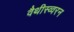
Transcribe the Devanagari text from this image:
वैथीस्व्वरन